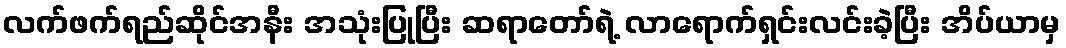
လက်ဖက်ရည်ဆိုင်အနီး အသုံးပြုပြီး ဆရာတော်ရဲ့ လာရောက်ရှင်းလင်းခဲ့ပြီး အိပ်ယာမှ